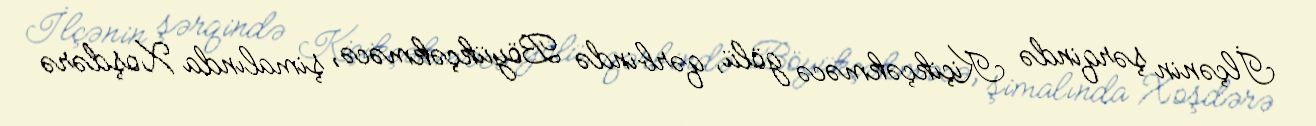
İlçənin şərqində Kiçikçəkməcə gölü, qərbində Böyükçəkməcə, şimalında Xoşdərə